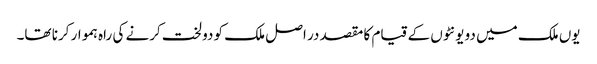
یوں ملک میں دو یونٹوں کے قیام کا مقصد در اصل ملک کو دو لخت کرنے کی راہ ہموار کرنا تھا۔